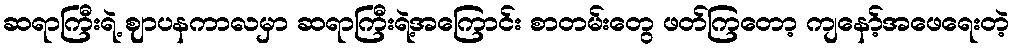
ဆရာကြီးရဲ့ ဈာပနကာလမှာ ဆရာကြီးရဲ့အကြောင်း စာတမ်းတွေ ဖတ်ကြတော့ ကျနော့်အဖေရေးတဲ့